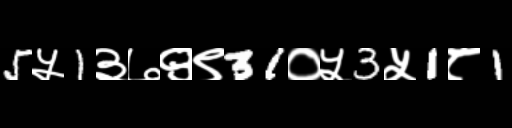
Text: 5५1३७९९31०५3५1८1